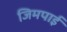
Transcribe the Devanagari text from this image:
जिमपाई